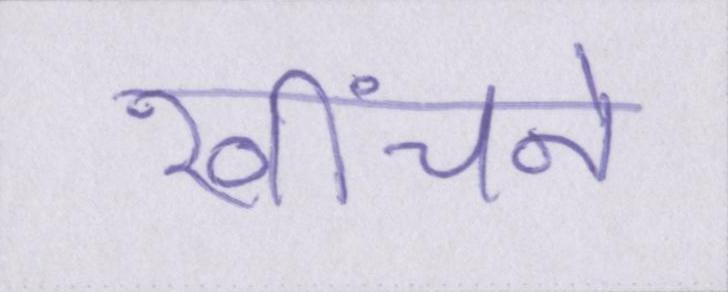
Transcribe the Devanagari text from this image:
खींचने